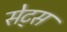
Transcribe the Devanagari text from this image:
सेट्‌स